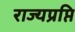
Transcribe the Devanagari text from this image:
राज्यप्रप्ति